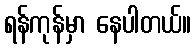
ရန်ကုန်မှာ နေပါတယ်။